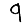
Digit: 9